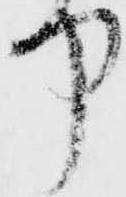
中